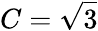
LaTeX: C=\sqrt{3}